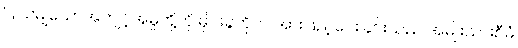
ပြုသမျှသောအကျင့်အမှုတို့ကို မိုင်းခွဲတိုက် အားဖြည့်ပေးခြင်းသည် အမျိုးသားစီမံ